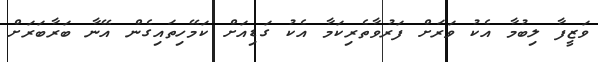
ވަޒީފާ ލިބުމާ އެކު ވަރަށް ފަރުވާތެރިކަމާ އެކު ގަޑިއަށް ކަމޭހިތައިގެން އޭނާ ބަރާބަރަށް